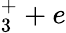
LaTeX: _3^{+}+e